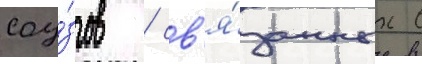
соу́зов / св'я́занных с